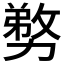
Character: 𭄽